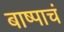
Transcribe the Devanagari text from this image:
बाष्पाचं